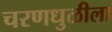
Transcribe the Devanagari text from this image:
चरणधुळीला